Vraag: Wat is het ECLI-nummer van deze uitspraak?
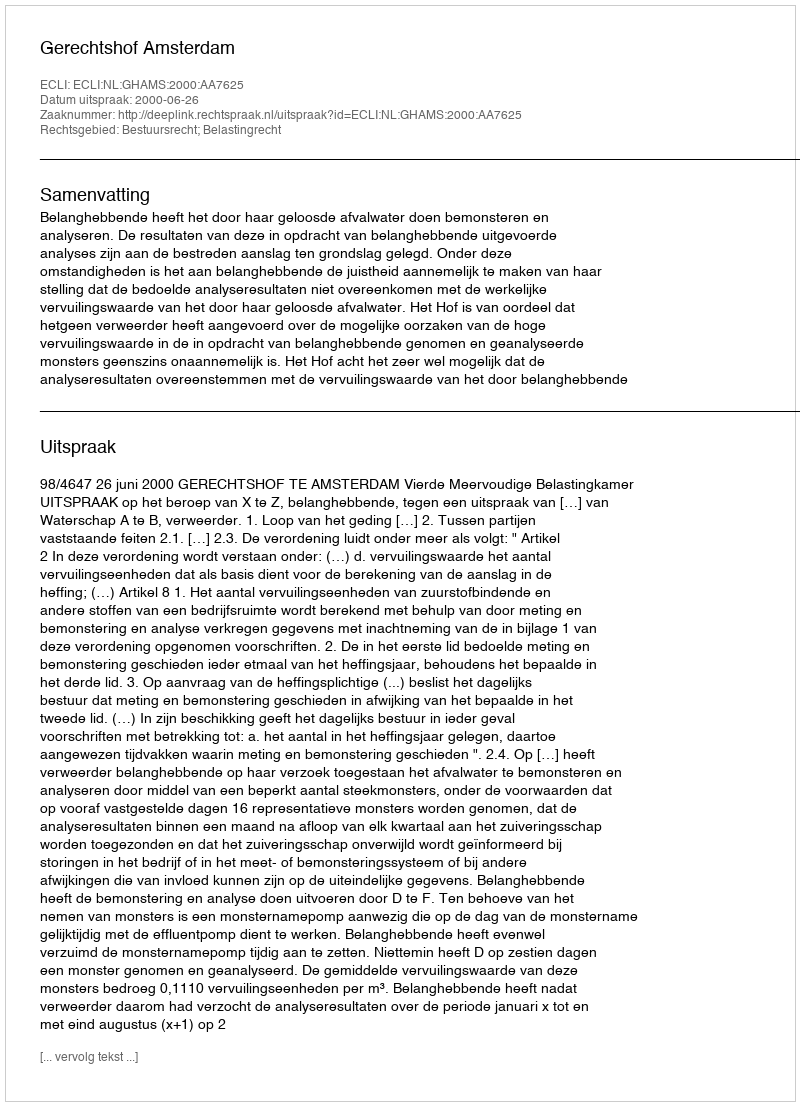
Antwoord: ECLI:NL:GHAMS:2000:AA7625